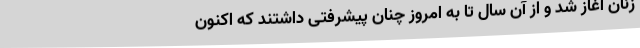
زنان آغاز شد و از آن سال تا به امروز چنان پیشرفتی داشتند که اکنون